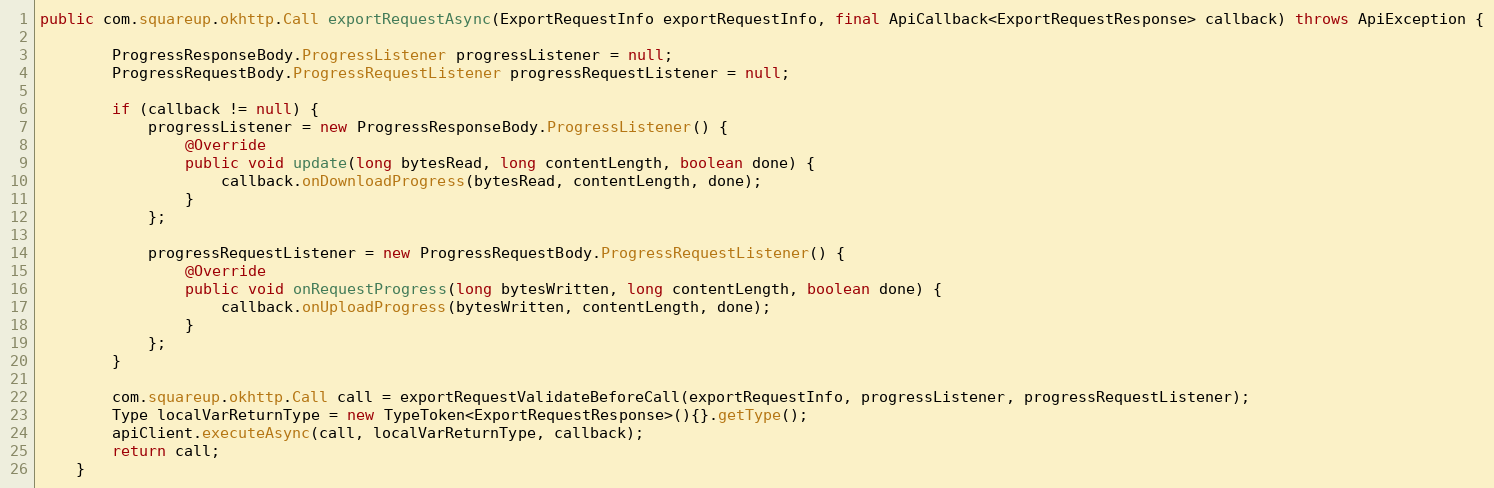
Language: Java
public com.squareup.okhttp.Call exportRequestAsync(ExportRequestInfo exportRequestInfo, final ApiCallback<ExportRequestResponse> callback) throws ApiException {

        ProgressResponseBody.ProgressListener progressListener = null;
        ProgressRequestBody.ProgressRequestListener progressRequestListener = null;

        if (callback != null) {
            progressListener = new ProgressResponseBody.ProgressListener() {
                @Override
                public void update(long bytesRead, long contentLength, boolean done) {
                    callback.onDownloadProgress(bytesRead, contentLength, done);
                }
            };

            progressRequestListener = new ProgressRequestBody.ProgressRequestListener() {
                @Override
                public void onRequestProgress(long bytesWritten, long contentLength, boolean done) {
                    callback.onUploadProgress(bytesWritten, contentLength, done);
                }
            };
        }

        com.squareup.okhttp.Call call = exportRequestValidateBeforeCall(exportRequestInfo, progressListener, progressRequestListener);
        Type localVarReturnType = new TypeToken<ExportRequestResponse>(){}.getType();
        apiClient.executeAsync(call, localVarReturnType, callback);
        return call;
    }